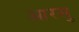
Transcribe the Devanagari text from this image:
आरसु